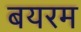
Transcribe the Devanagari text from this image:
बयरम